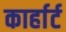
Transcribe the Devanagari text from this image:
कार्हार्ट